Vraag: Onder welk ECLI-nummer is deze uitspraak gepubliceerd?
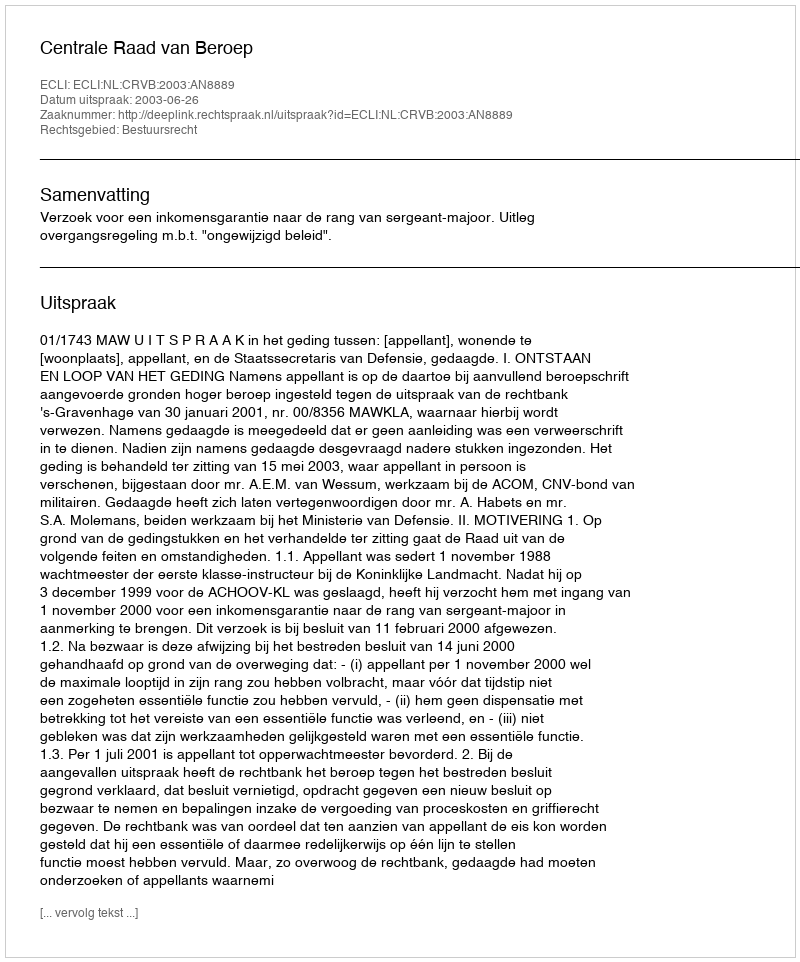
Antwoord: ECLI:NL:CRVB:2003:AN8889